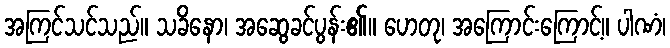
အကြင်သင်သည်။ သခိနော၊ အဆွေခင်ပွန်း၏။ ဟေတု၊ အကြောင်းကြောင့်။ ပါဏံ၊